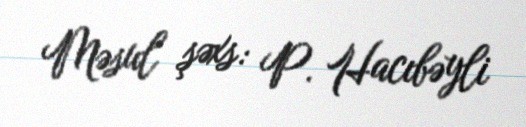
Məsul şəxs: P. Hacıbəyli